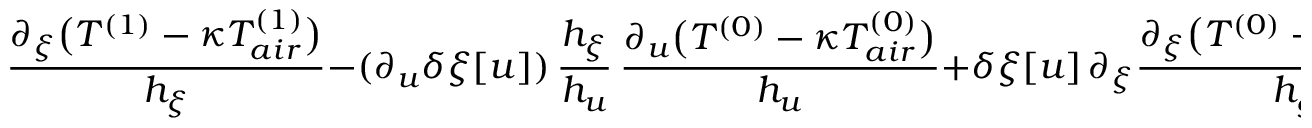
{ { \frac { \partial _ { \xi } \big ( T ^ { ( 1 ) } - \kappa T _ { a i r } ^ { ( 1 ) } \big ) } { h _ { \xi } } } } - ( \partial _ { u } \delta \xi [ u ] ) \, \frac { h _ { \xi } } { h _ { u } } \, \frac { \partial _ { u } \big ( T ^ { ( 0 ) } - \kappa T _ { a i r } ^ { ( 0 ) } \big ) } { h _ { u } } + \delta \xi [ u ] \, { \partial _ { \xi } { \frac { \partial _ { \xi } \big ( T ^ { ( 0 ) } - \kappa T _ { a i r } ^ { ( 0 ) } \big ) } { h _ { \xi } } } } = 0 \mathrm { ~ a ~ t ~ } \xi = \xi _ { 0 } \ , \